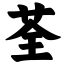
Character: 荃